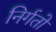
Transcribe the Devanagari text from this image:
निर्गतो